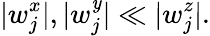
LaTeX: |w_{j}^{x}|,|w_{j}^{\mathit{y}}|\ll|w_{j}^{z}|.